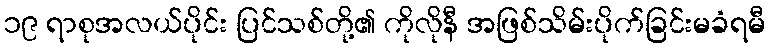
၁၉ ရာစုအလယ်ပိုင်း ပြင်သစ်တို့၏ ကိုလိုနီ အဖြစ်သိမ်းပိုက်ခြင်းမခံရမီ